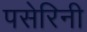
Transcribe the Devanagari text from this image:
पसेरिनी